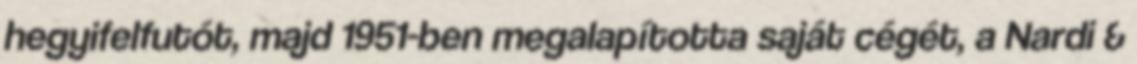
hegyifelfutót, majd 1951-ben megalapította saját cégét, a Nardi &